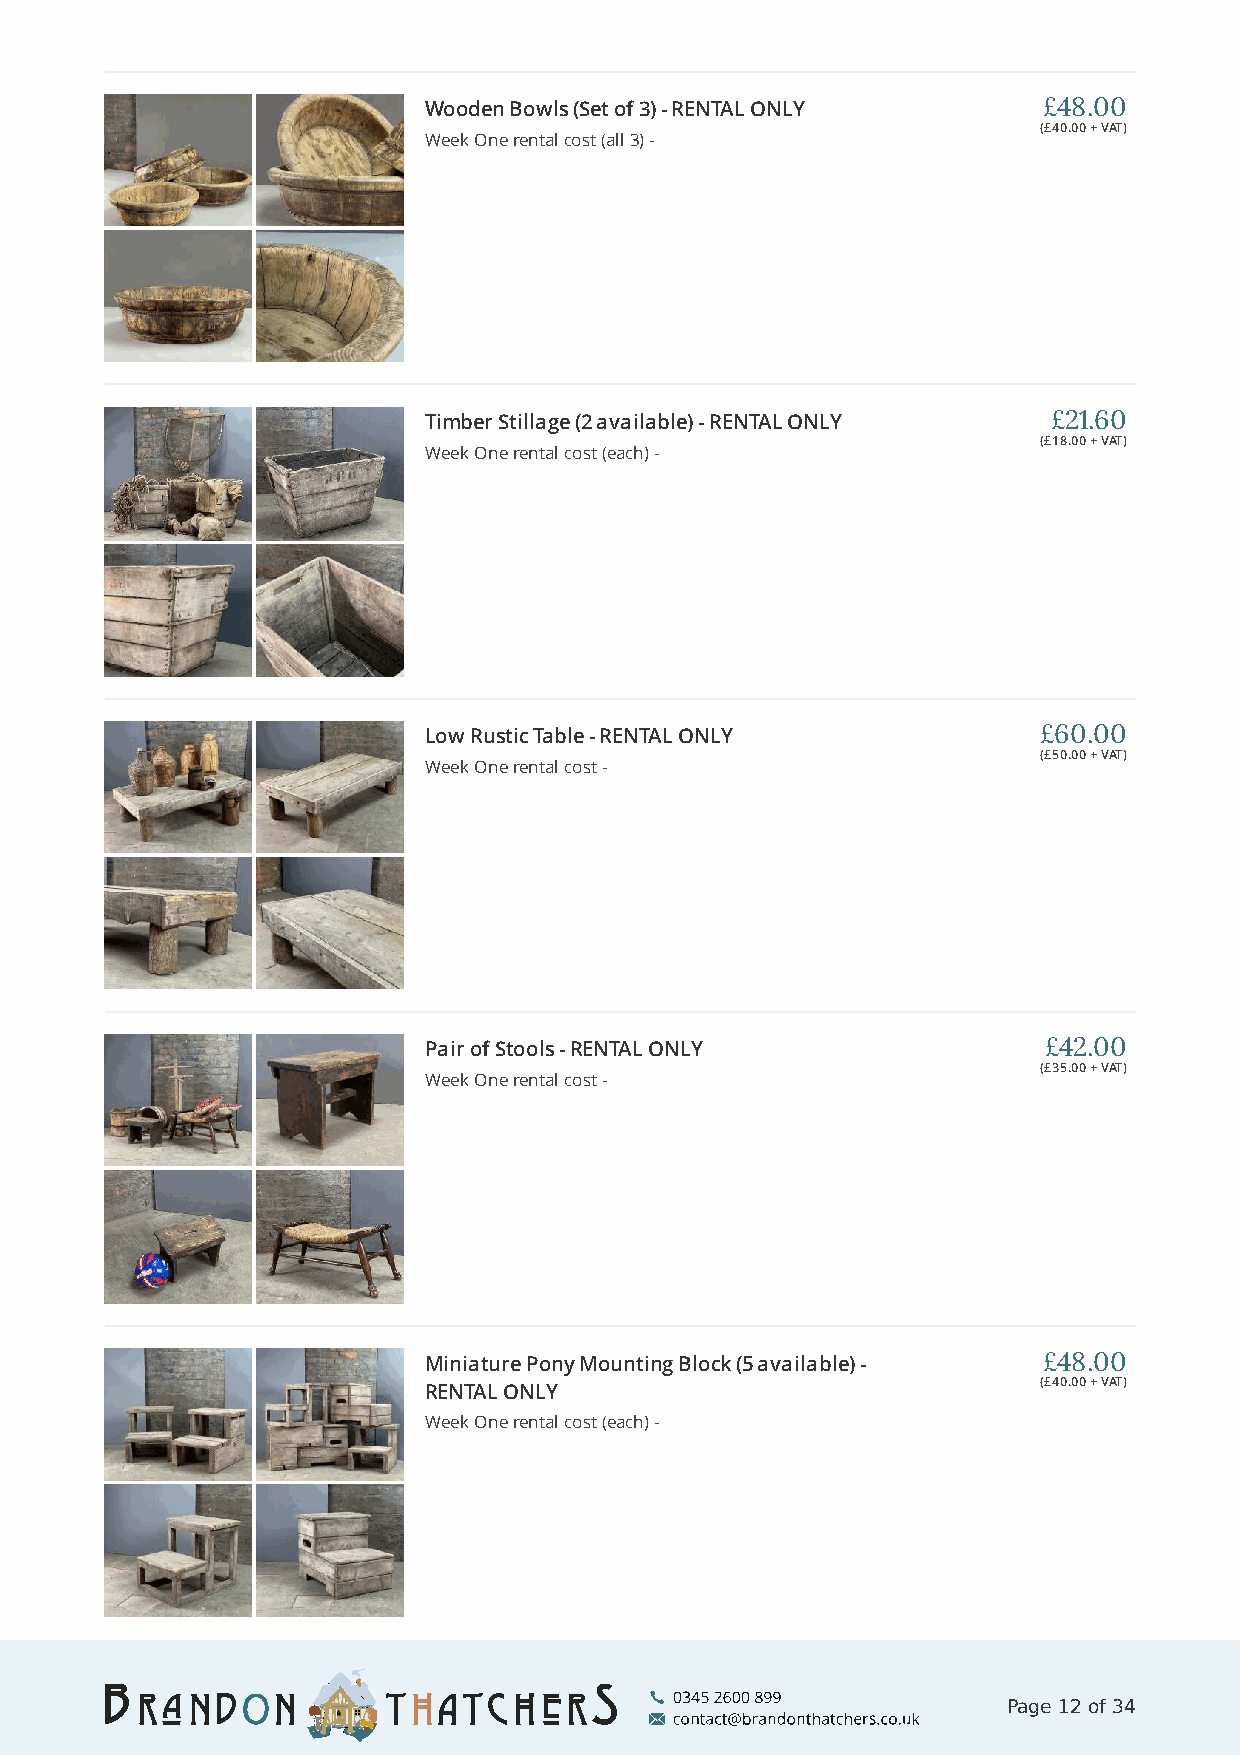
Wooden Bowls (Set of 3) - RENTAL ONLY    £48.00
 (£40.00 + VAT)
 Week One rental cost (all 3) -
 Timber Stillage (2 available) - RENTAL ONLY £21.60
 (£18.00 + VAT)
 Week One rental cost (each) -
 Low Rustic Table - RENTAL ONLY           £60.00
 (£50.00 + VAT)
 Week One rental cost -
 Pair of Stools - RENTAL ONLY             £42.00
 (£35.00 + VAT)
 Week One rental cost -
 Miniature Pony Mounting Block (5 available) - £48.00
 (£40.00 + VAT)
 RENTAL ONLY
 Week One rental cost (each) -
 Page 12 of 34